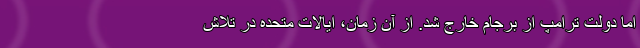
اما دولت ترامپ از برجام خارج شد. از آن زمان، ایالات متحده در تلاش